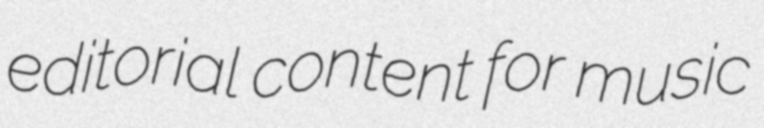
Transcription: editorial content for music